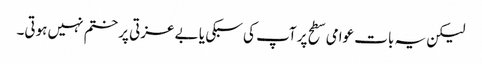
لیکن یہ بات عوامی سطح پر آپ کی سبکی یا بے عزتی پر ختم نہیں ہوتی۔